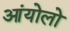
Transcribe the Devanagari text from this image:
आंयोलो